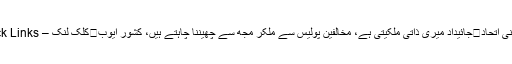
راجونی اتحاد	جائیداد میری ذاتی ملکیتی ہے، مخالفین پولیس سے ملکر مجھ سے چھیننا چاہتے ہیں، کشور ایوب	کلک لنک – Click Links